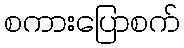
စကားပြောစက်